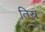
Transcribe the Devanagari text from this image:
तिस्र